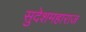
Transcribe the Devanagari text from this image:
सुदेशमहाराज